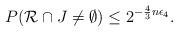
LaTeX: \begin{align*}P (\mathcal{R} \cap J \not= \emptyset ) \leq 2^{-\frac{4}{3}n \epsilon_{4}}.\end{align*}